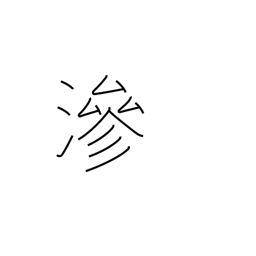
Meaning: imbued with